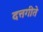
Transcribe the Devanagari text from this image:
दत्तगीते